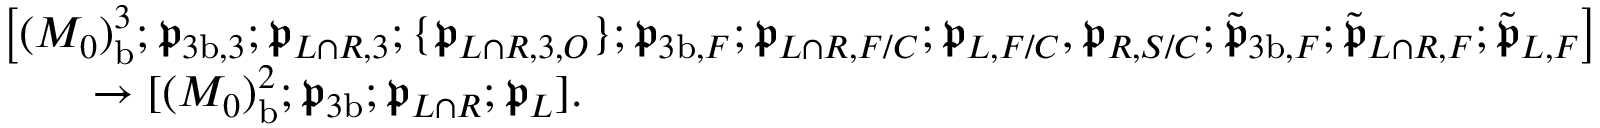
\begin{array} { r l } & { \bigl [ ( M _ { 0 } ) _ { \mathrm { b } } ^ { 3 } ; \mathfrak { p } _ { { 3 \mathrm { b } } , 3 } ; \mathfrak { p } _ { L \cap R , 3 } ; \{ \mathfrak { p } _ { L \cap R , 3 , O } \} ; \mathfrak { p } _ { { 3 \mathrm { b } } , F } ; \mathfrak { p } _ { L \cap R , F / C } ; \mathfrak { p } _ { L , F / C } , \mathfrak { p } _ { R , S / C } ; \tilde { \mathfrak { p } } _ { { 3 \mathrm { b } } , F } ; \tilde { \mathfrak { p } } _ { L \cap R , F } ; \tilde { \mathfrak { p } } _ { L , F } \bigr ] } \\ & { \qquad \to [ ( M _ { 0 } ) _ { \mathrm { b } } ^ { 2 } ; \mathfrak { p } _ { 3 \mathrm { b } } ; \mathfrak { p } _ { L \cap R } ; \mathfrak { p } _ { L } ] . } \end{array}